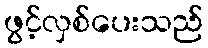
ဖွင့်လှစ်ပေးသည်